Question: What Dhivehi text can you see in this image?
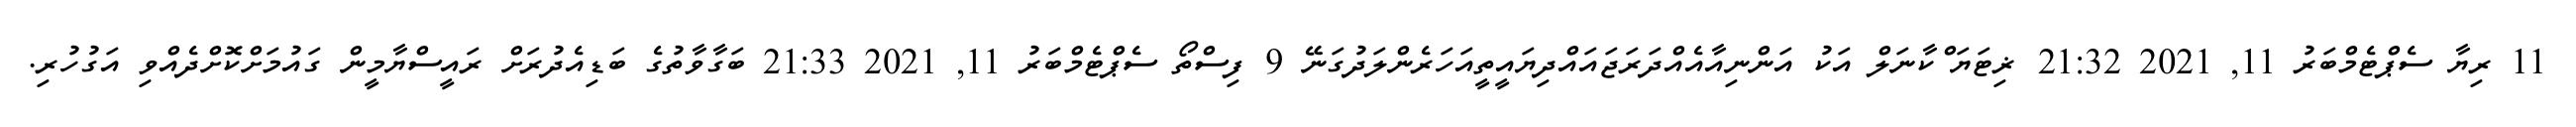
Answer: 11 ރިޔާ ސެޕްޓެމްބަރު 11, 2021 21:32 ޜިޓަޔަޱްކާނަލް އަކު އަންނިއާއެއްދަރަޖައައްދިޔައީތީއަހަރެންލަދުގަނޭ 9 ފިސްތޯ ސެޕްޓެމްބަރު 11, 2021 21:33 ބަގާވާތުގެ ބަޑިއެދުރަށް ރައީސްޔާމީން ގައުމަށްކޮށްދެއްވި އަގުހުރި.